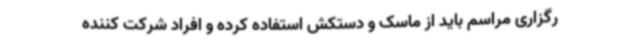
رگزاری مراسم باید از ماسک و دستکش استفاده کرده و افراد شرکت کننده